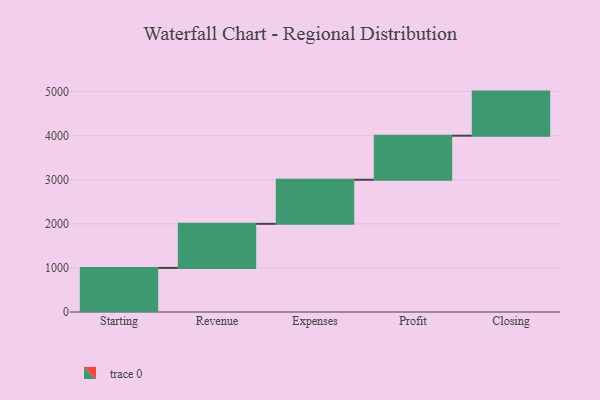
{"axis": {"x": "Step", "y": "Value"}, "legend": [""], "data": [{"x": "Starting", "y": 1000, "type": ""}, {"x": "Revenue", "y": 1000, "type": ""}, {"x": "Expenses", "y": 1000, "type": ""}, {"x": "Profit", "y": 1000, "type": ""}, {"x": "Closing", "y": 1000, "type": ""}]}